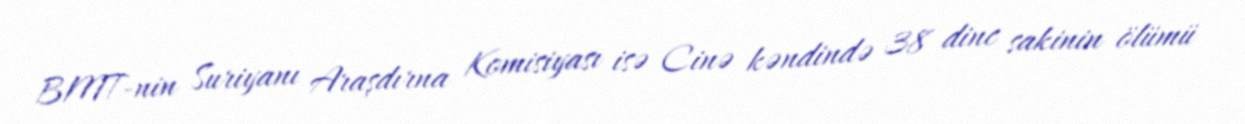
BMT-nin Suriyanı Araşdırna Komisiyası isə Cinə kəndində 38 dinc sakinin ölümü